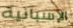
الإسبانية